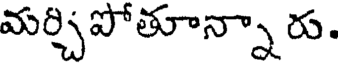
మర్చిపోతూన్నా రు.